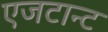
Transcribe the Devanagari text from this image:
एजटान्ट